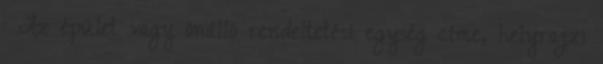
: Az épület vagy önálló rendeltetési egység címe, helyrajzi